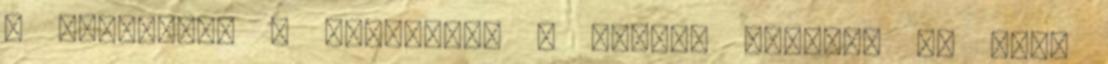
a vásárlók. A boltokban a Street Fighter IV PC-s